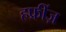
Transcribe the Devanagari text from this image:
हफ्रींज़